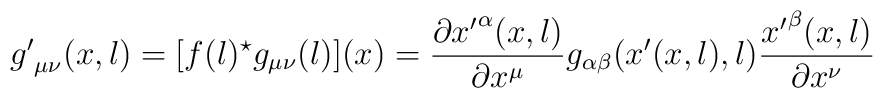
{g'}_{\mu\nu}(x,l) = [f(l)^{\star} g_{\mu\nu}(l)] (x) = \frac{\partial {x'}^{\alpha}(x,l) }{\partial x^{\mu} }g_{\alpha\beta}(x'(x,l),l) \frac{{x'}^{\beta}(x,l) }{\partial x^{\nu}}